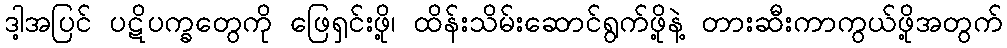
ဒါ့အပြင် ပဋိပက္ခတွေကို ဖြေရှင်းဖို့၊ ထိန်းသိမ်းဆောင်ရွက်ဖို့နဲ့ တားဆီးကာကွယ်ဖို့အတွက်